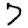
Digit: 7